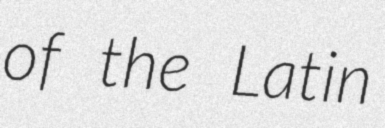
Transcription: of the Latin